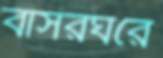
বাসরঘরে